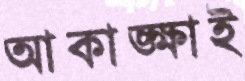
আকাঙ্ক্ষাই